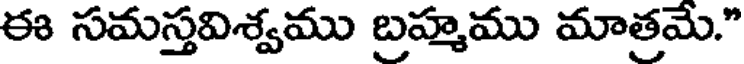
ఈ సమస్తవిశ్వము బ్రహ్మము మాత్రమే."